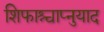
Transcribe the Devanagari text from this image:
शिफाश्चाप्नुयाद